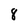
Character: 8